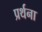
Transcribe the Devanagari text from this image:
प्रर्थना